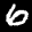
Label: 6